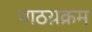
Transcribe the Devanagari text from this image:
पाठय़क्रम